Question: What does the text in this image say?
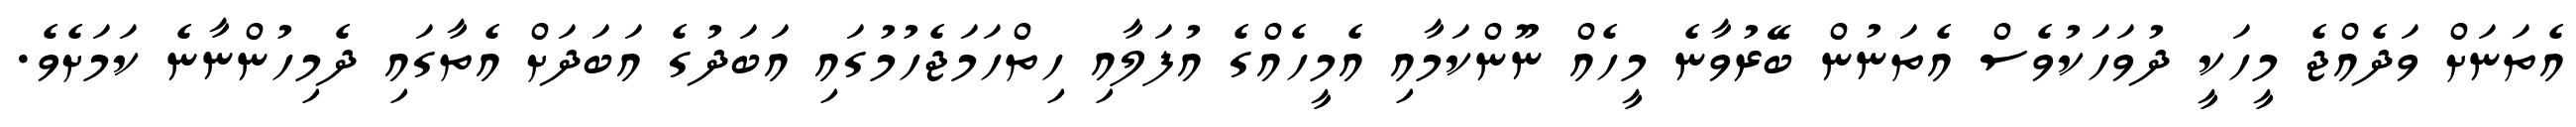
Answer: އެތަނަށް ވަދެއްޖެ މީހަކީ ދުވަހަކުވެސް އެތަނުން ބޭރުވާނެ މީހެއް ނޫންކަމާއި އެމީހެއްގެ އުފަލާއި ހިތްހަމަޖެހުމުގައި އަބަދުގެ އަބަދަށް އެތާގައި ދެމިހުންނާނެ ކަމަށެވެ.